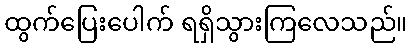
ထွက်ပြေးပေါက် ရရှိသွားကြလေသည်။